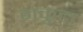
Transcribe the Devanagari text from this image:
मकुटा